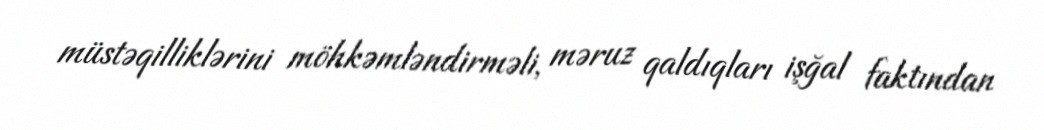
müstəqilliklərini möhkəmləndirməli, məruz qaldıqları işğal faktından